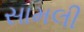
સામલી